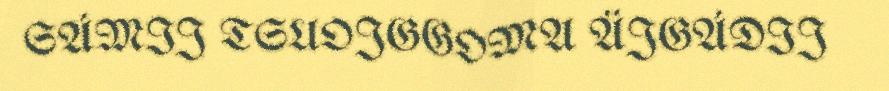
SÁMIJ TSUOJGGOMA ÄJGÁDIJ